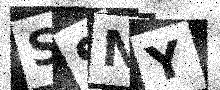
Text: SSNY